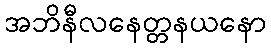
အဘိနီလနေတ္တနယနော